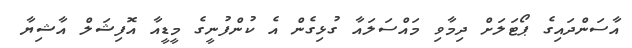
އާސަންދައިގެ ޕޯޓަލަށް ދިމާވި މައްސަލައާ ގުޅިގެން އެ ކުންފުނީގެ މީޑީއާ އޮފިޝަލް އާޝިޔާ